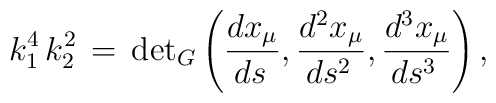
k_1^4\,k_2^2\,=\,{\det}_G\left (\frac{dx_\mu}{ds\,},\frac{d^2 x_\mu}{ds^2\,},\frac{d^3 x_\mu}{ds^3\,}\right ),